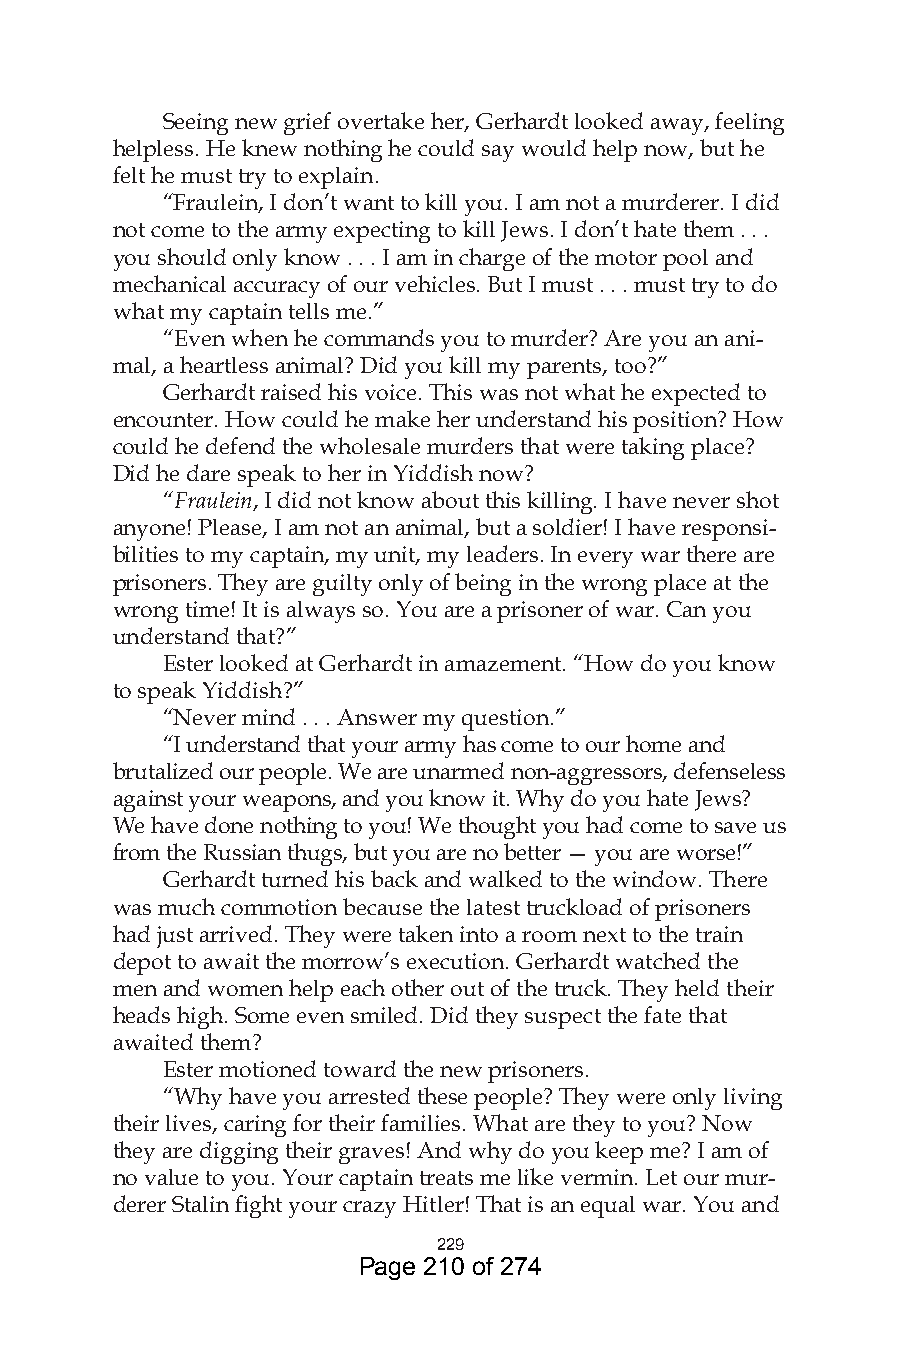
Seeing new grief overtake her, Gerhardt looked away, feeling
 helpless. He knew nothing he could say would help now, but he
 felt he must try to explain.
 “Fraulein, I don’t want to kill you. I am not a murderer. I did
 not come to the army expecting to kill Jews. I don’t hate them . . .
 you should only know . . . I am in charge of the motor pool and
 mechanical accuracy of our vehicles. But I must . . . must try to do
 what my captain tells me.”
 “Even when he commands you to murder? Are you an ani-
 mal, a heartless animal? Did you kill my parents, too?”
 Gerhardt raised his voice. This was not what he expected to
 encounter. How could he make her understand his position? How
 could he defend the wholesale murders that were taking place?
 Did he dare speak to her in Yiddish now?
 “Fraulein, I did not know about this killing. I have never shot
 anyone! Please, I am not an animal, but a soldier! I have responsi-
 bilities to my captain, my unit, my leaders. In every war there are
 prisoners. They are guilty only of being in the wrong place at the
 wrong time! It is always so. You are a prisoner of war. Can you
 understand that?”
 Ester looked at Gerhardt in amazement. “How do you know
 to speak Yiddish?”
 “Never mind . . . Answer my question.”
 “I understand that your army has come to our home and
 brutalized our people. We are unarmed non-aggressors, defenseless
 against your weapons, and you know it. Why do you hate Jews?
 We have done nothing to you! We thought you had come to save us
 from the Russian thugs, but you are no better — you are worse!”
 Gerhardt turned his back and walked to the window. There
 was much commotion because the latest truckload of prisoners
 had just arrived. They were taken into a room next to the train
 depot to await the morrow’s execution. Gerhardt watched the
 men and women help each other out of the truck. They held their
 heads high. Some even smiled. Did they suspect the fate that
 awaited them?
 Ester motioned toward the new prisoners.
 “Why have you arrested these people? They were only living
 their lives, caring for their families. What are they to you? Now
 they are digging their graves! And why do you keep me? I am of
 no value to you. Your captain treats me like vermin. Let our mur-
 derer Stalin fight your crazy Hitler! That is an equal war. You and
 9
 Page 210 of 274